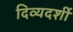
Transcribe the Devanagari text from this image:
दिव्‍यदर्शी